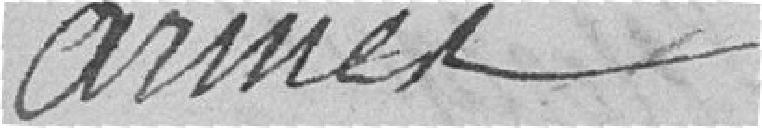
armée